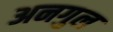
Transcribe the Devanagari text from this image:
अनगुल